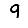
Digit: 9